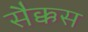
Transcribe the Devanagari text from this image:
सैक्कस